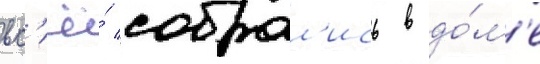
вс'ё́ собрал'ись в до́м'е